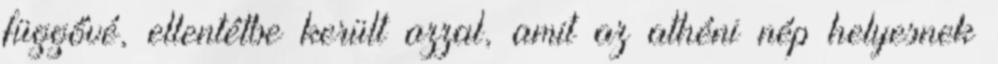
függővé, ellentétbe került azzal, amit az athéni nép helyesnek